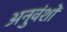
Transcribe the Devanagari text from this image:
अनुवंशों